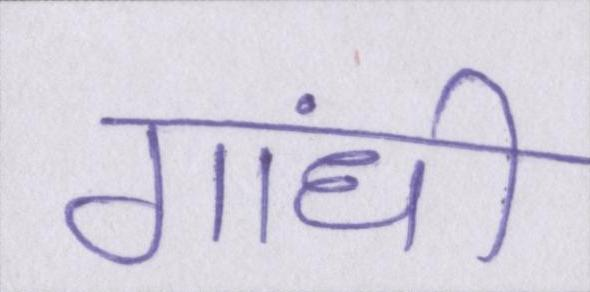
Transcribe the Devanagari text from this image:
गांधी